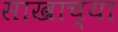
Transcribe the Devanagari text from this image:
साखाच्या